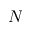
N